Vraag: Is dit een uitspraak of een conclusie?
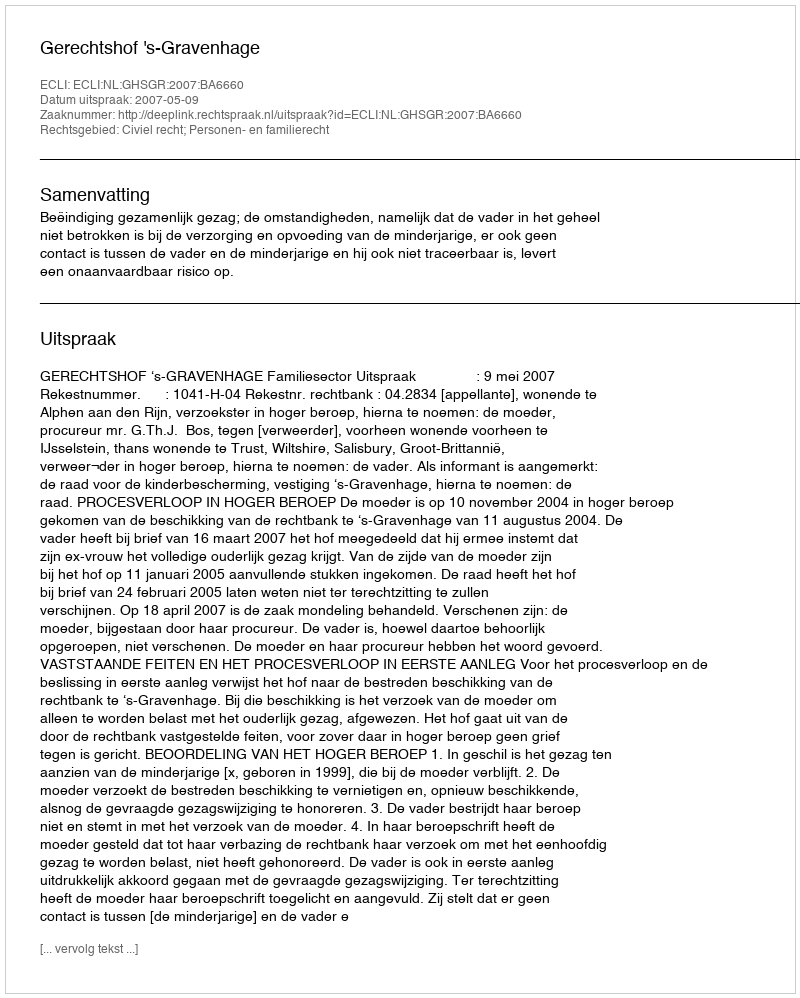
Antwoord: Uitspraak